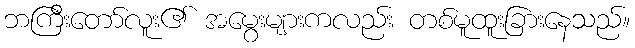
ဘကြီးတော်လူး၏ အမွေးများကလည်း တစ်မူထူးခြားနေသည်။